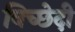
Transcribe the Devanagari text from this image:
विच्छेदी